Annual report on the Civil Veterinary Department, Burma (including the Insein Veterinary School) - 1910-1922
Year: 1910
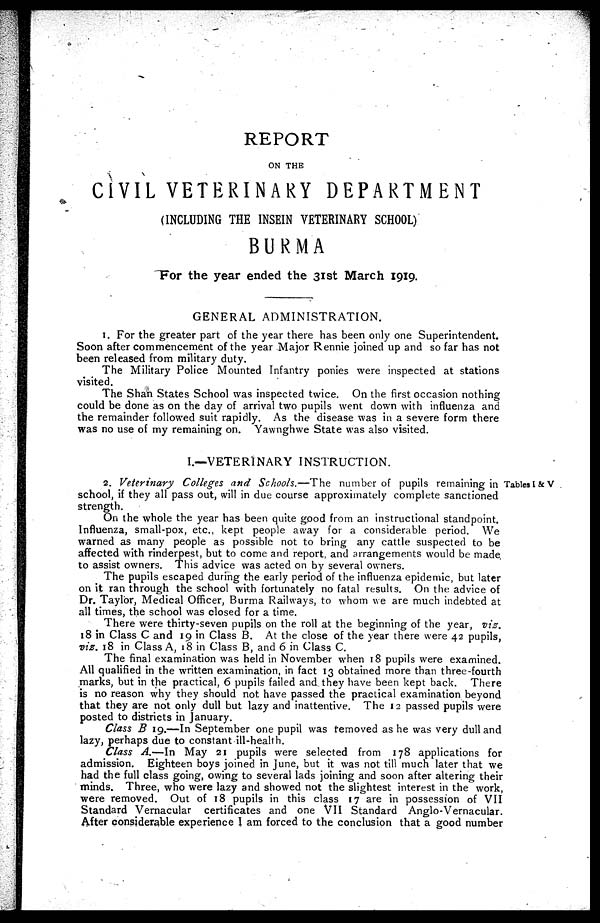
REPORT
ON THE
CIVIL VETERINARY DEPARTMENT
(INCLUDING THE INSEIN VETERINARY SCHOOL)
BURMA
For the year ended the 31st March 1919.
GENERAL ADMINISTRATION.
1. For the greater part of the year there has been only one Superintendent.
Soon after commencement of the year Major Rennie joined up and so far has not
been released from military duty.
The Military Police Mounted Infantry ponies were inspected at stations
visited.
The Shan States School was inspected twice. On the first occasion nothing
could be done as on the day of arrival two pupils went down with influenza and
the remainder followed suit rapidly. As the disease was in a severe form there
was no use of my remaining on. Yawnghwe State was also visited.
I.—VETERINARY INSTRUCTION.
Tables I & V
2. Veterinary Colleges and Schools.—The number of pupils remaining in
school, if they all pass out, will in due course approximately complete sanctioned
strength.
On the whole the year has been quite good from an instructional standpoint.
Influenza, small-pox, etc., kept people away for a considerable period. We
warned as many people as possible not to bring any cattle suspected to be
affected with rinderpest, but to come and report, and arrangements would be made
to assist owners. This advice was acted on by several owners.
The pupils escaped during the early period of the influenza epidemic, but later
on it ran through the school with fortunately no fatal results. On the advice of
Dr. Taylor, Medical Officer, Burma Railways, to whom we are much indebted at
all times, the school was closed for a time.
There were thirty-seven pupils on the roll at the beginning of the year, viz.
18 in Class C and 19 in Class B. At the close of the year there were 42 pupils,
viz. 18 in Class A, 18 in Class B, and 6 in Class C.
The final examination was held in November when 18 pupils were examined.
All qualified in the written examination, in fact 13 obtained more than three-fourth
marks, but in the practical, 6 pupils failed and they have been kept back. There
is no reason why they should not have passed the practical examination beyond
that they are not only dull but lazy and inattentive. The 12 passed pupils were
posted to districts in January.
Class B 19.—In September one pupil was removed as he was very dull and
lazy, perhaps due to constant ill-health.
Class A.—In May 21 pupils were selected from 178 applications for
admission. Eighteen boys joined in June, but it was not till much later that we
had the full class going, owing to several lads joining and soon after altering their
minds. Three, who were lazy and showed not the slightest interest in the work,
were removed. Out of 18 pupils in this class 17 are in possession of VII
Standard Vernacular certificates and one VII Standard Anglo-Vernacular.
After considerable experience I am forced to the conclusion that a good number